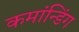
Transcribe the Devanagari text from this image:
कमांन्डिंग